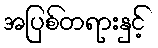
အပြစ်တရားနှင့်